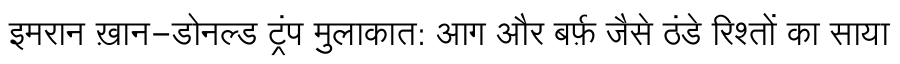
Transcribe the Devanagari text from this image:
इमरान ख़ान-डोनल्ड ट्रंप मुलाकात: आग और बर्फ़ जैसे ठंडे रिश्तों का साया